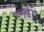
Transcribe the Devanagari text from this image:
मलेश्वरी